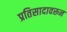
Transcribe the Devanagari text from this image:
प्रतिसादावरून